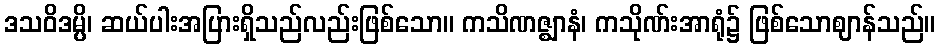
ဒသဝိဒမ္ပိ၊ ဆယ်ပါးအပြားရှိသည်လည်းဖြစ်သော။ ကသိဏဇ္ဈာနံ၊ ကသိုဏ်းအာရုံ၌ ဖြစ်သောဈာန်သည်။